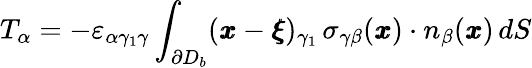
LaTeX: T_{\alpha}=-\varepsilon_{\alpha\gamma_{1}\gamma}\int_{\partial D_{b}}({\pmb x}-{\pmb\xi})_{\gamma_{1}}\, {\sigma}_{\gamma\beta}({\pmb x})\cdot{n}_{\beta}({\pmb x})\, dS